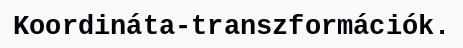
Koordináta-transzformációk.